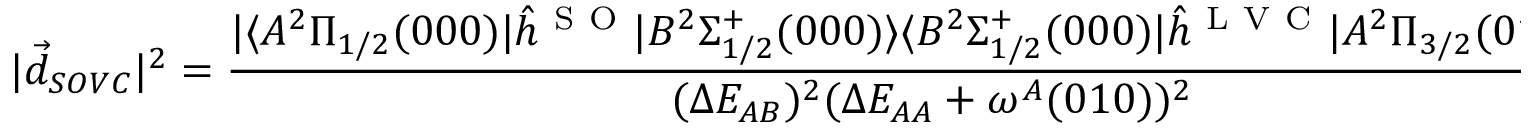
| \Vec { d } _ { S O V C } | ^ { 2 } = \frac { | \langle A ^ { 2 } \Pi _ { 1 / 2 } ( 0 0 0 ) | \hat { h } ^ { \mathrm { ~ S ~ O ~ } } | B ^ { 2 } \Sigma _ { 1 / 2 } ^ { + } ( 0 0 0 ) \rangle \langle B ^ { 2 } \Sigma _ { 1 / 2 } ^ { + } ( 0 0 0 ) | \hat { h } ^ { \mathrm { ~ L ~ V ~ C ~ } } | A ^ { 2 } \Pi _ { 3 / 2 } ( 0 1 0 ) \rangle | ^ { 2 } } { ( \Delta E _ { A B } ) ^ { 2 } ( \Delta E _ { A A } + \omega ^ { A } ( 0 1 0 ) ) ^ { 2 } } | h _ { \mathrm { ~ A ~ X ~ } } ^ { \mathrm { ~ d ~ i ~ p ~ } } | ^ { 2 } ,